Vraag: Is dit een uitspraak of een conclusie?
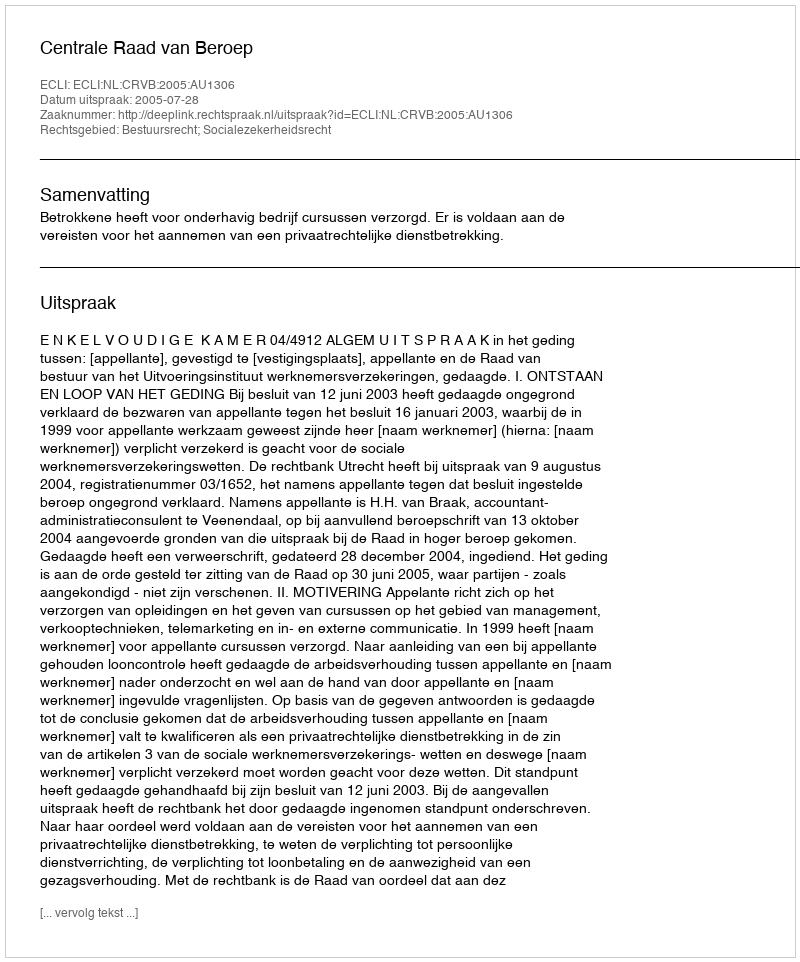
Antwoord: Uitspraak